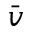
\bar { v }